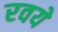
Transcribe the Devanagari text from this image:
रवये